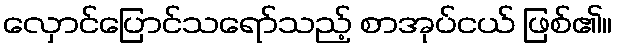
လှောင်ပြောင်သရော်သည့် စာအုပ်ငယ် ဖြစ်၏။